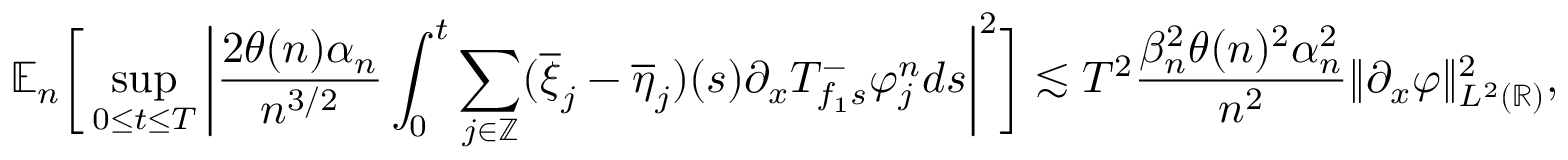
\mathbb { E } _ { n } \bigg [ \operatorname* { s u p } _ { 0 \le t \le T } \bigg | \frac { 2 \theta ( n ) \alpha _ { n } } { n ^ { 3 / 2 } } \int _ { 0 } ^ { t } \sum _ { j \in \mathbb { Z } } ( \overline { { \xi } } _ { j } - \overline { { \eta } } _ { j } ) ( s ) \partial _ { x } T _ { f _ { 1 } s } ^ { - } \varphi _ { j } ^ { n } d s \bigg | ^ { 2 } \bigg ] \lesssim T ^ { 2 } \frac { \beta _ { n } ^ { 2 } \theta ( n ) ^ { 2 } \alpha _ { n } ^ { 2 } } { n ^ { 2 } } \| \partial _ { x } \varphi \| _ { L ^ { 2 } ( \mathbb { R } ) } ^ { 2 } ,